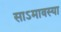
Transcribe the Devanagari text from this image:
साऽमावस्या